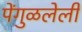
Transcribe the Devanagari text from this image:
पेंगुळलेली